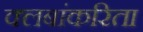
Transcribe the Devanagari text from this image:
क्लबांकरिता